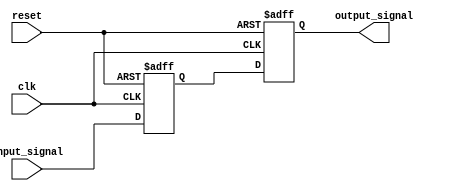
module timing_control_sync_block(
  input wire clk,
  input wire reset,
  input wire input_signal,
  output reg output_signal
);

reg delayed_input_signal;

always @(posedge clk or posedge reset) begin
  if (reset) begin
    delayed_input_signal <= 1'b0;
  end else begin
    #1 delayed_input_signal <= input_signal;
  end
end

always @(posedge clk or posedge reset) begin
  if (reset) begin
    output_signal <= 1'b0;
  end else begin
    output_signal <= delayed_input_signal;
  end
end

endmodule